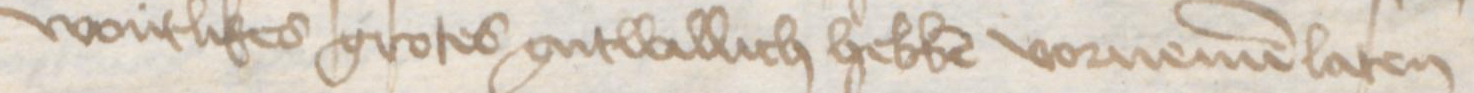
Transcription: wontlikes grotes gutwillich hebben vornemen laten